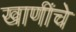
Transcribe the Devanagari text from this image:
खाणींचे